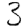
Digit: 3